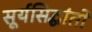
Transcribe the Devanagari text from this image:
सूर्यसिद्धांतों